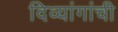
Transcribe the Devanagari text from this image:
दिव्यांगांची